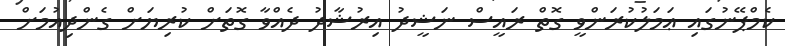
ކެމްޕޭނުގައި ޢަމަލުކުރަންވީ ގޮތް ރައީސް ނަޝީދު އިރުޝާދު ދެއްވާ ގޮތަށް ކުރިޔަށް ގެންދިއުމަށް